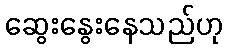
ဆွေးနွေးနေသည်ဟု